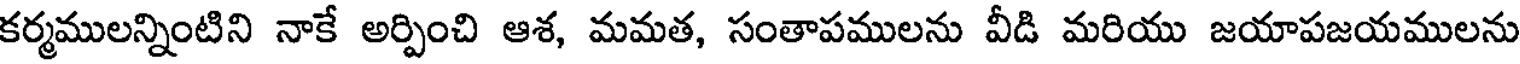
కర్మములన్నింటిని నాకే అర్పించి ఆశ, మమత, సంతాపములను వీడి మరియు జయాపజయములను